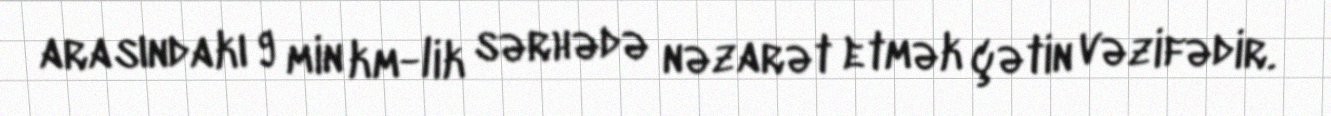
arasındakı 9 min km-lik sərhədə nəzarət etmək çətin vəzifədir.